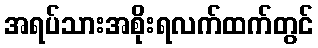
အရပ်သားအစိုးရလက်ထက်တွင်